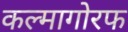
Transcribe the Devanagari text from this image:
कल्मागोरफ